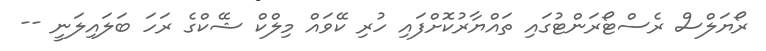
ރޯޔަލްސް ރެސްޓޯރަންޓުގައި ތައްޔާރުކޮށްފައި ހުރި ކޭވައް މިލްކް ޝޭކްގެ ރަހަ ބަލައިލަނީ --